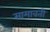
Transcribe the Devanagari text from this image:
सामावती